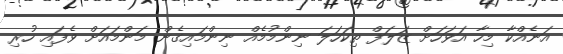
އަނެއްކާ މިހާ އަވަހަށް ޒަލަފް ތިކަހަލަ ނިންމުމެއް ނިންމައިގެން މަންމައަށް ވެފައި ހުރި